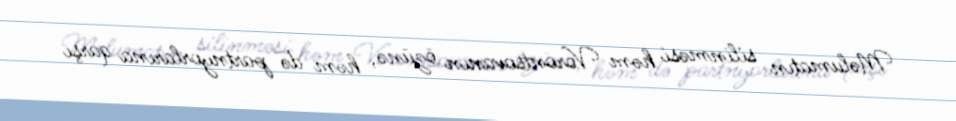
Məlumatın silinməsi həm Vorontsovanın özünə, həm də partnyorlarına qarşı